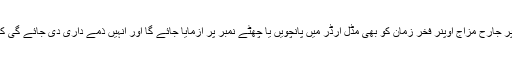
حیران کن طور پر جارح مزاج اوپنر فخر زمان کو بھی مڈل آرڈر میں پانچویں یا چھٹے نمبر پر آزمایا جائے گا اور انہیں ذمے داری دی جائے گی کہ وہ اٹیک کریں۔